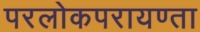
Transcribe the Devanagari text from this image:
परलोकपरायण्ता